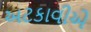
અટકાવીએ